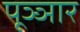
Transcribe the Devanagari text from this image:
पूञ्ञार